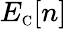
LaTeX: E_{\scriptscriptstyle\mathrm{C}}[n]